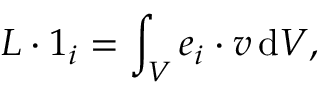
\boldsymbol { L } \boldsymbol { \cdot } \boldsymbol { 1 } _ { i } = \int _ { V } \boldsymbol { e } _ { i } \boldsymbol { \cdot } \boldsymbol { v } \, \mathrm { d } V ,